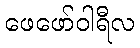
ဖေဖော်ဝါရီလ